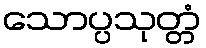
သောပ္ပသုတ္တံ